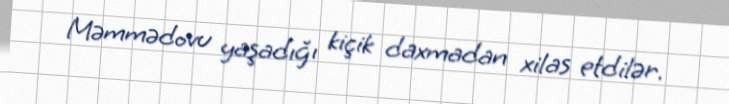
Məmmədovu yaşadığı kiçik daxmadan xilas etdilər.